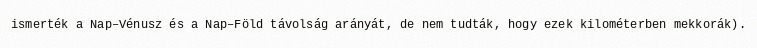
ismerték a Nap–Vénusz és a Nap–Föld távolság arányát, de nem tudták, hogy ezek kilométerben mekkorák).